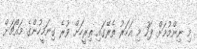
މި ނިންމުމަށް ފަހު މި އަހަރު ތެރޭގައި ތިރީހަށް ވުރެ ގިނަމީހުންގެ މައްޗަށް